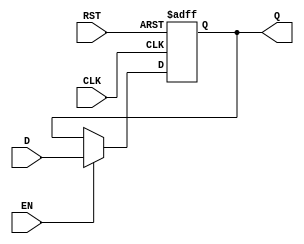
module BarrierRegister (
    input wire [N-1:0] D,     // Data input
    input wire EN,            // Enable signal
    input wire CLK,           // Clock signal
    input wire RST,           // Asynchronous reset
    output reg [N-1:0] Q      // Data output
);
    parameter N = 8;          // Width of the register, can be changed as needed

    // Asynchronous reset and clock edge behavior
    always @(posedge CLK or posedge RST) begin
        if (RST) begin
            Q <= {N{1'b0}};    // Reset Q to zero
        end else if (EN) begin
            Q <= D;            // Capture data input D when EN is high
        end
        // If EN is low, Q retains its previous value
    end
endmodule